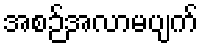
အစဉ်အလာမပျက်